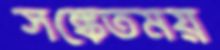
সঙ্কেতময়